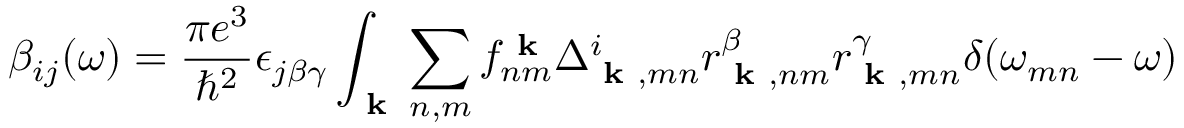
\beta _ { i j } ( \omega ) = \frac { \pi e ^ { 3 } } { \hbar ^ { 2 } } \epsilon _ { j \beta \gamma } \int _ { \textbf { k } } \sum _ { n , m } f _ { n m } ^ { \textbf { k } } \Delta _ { \textbf { k } , m n } ^ { i } r _ { \textbf { k } , n m } ^ { \beta } r _ { \textbf { k } , m n } ^ { \gamma } \delta ( \omega _ { m n } - \omega )